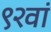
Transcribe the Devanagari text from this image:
९२वां